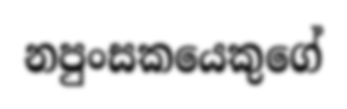
නපුංසකයෙකුගේ